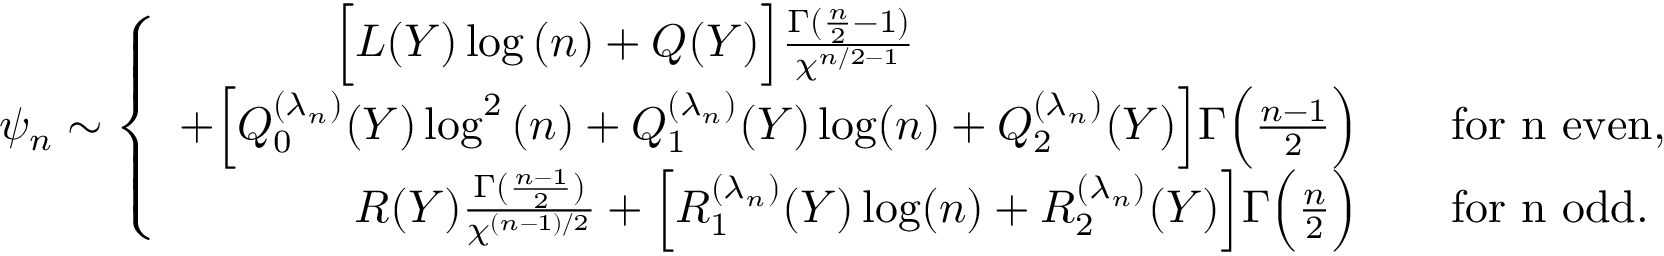
\psi _ { n } \sim \left\{ \begin{array} { r l } { \Big [ L ( Y ) \log { ( n ) } + Q ( Y ) \Big ] \frac { \Gamma ( \frac { n } { 2 } - 1 ) } { \chi ^ { n / 2 - 1 } } \qquad \qquad ~ ~ \qquad \qquad \quad } & { } \\ { + \Big [ Q _ { 0 } ^ { ( \lambda _ { n } ) } ( Y ) \log ^ { 2 } { ( n ) } + Q _ { 1 } ^ { ( \lambda _ { n } ) } ( Y ) \log ( n ) + Q _ { 2 } ^ { ( \lambda _ { n } ) } ( Y ) \Big ] \Gamma \Big ( \frac { n - 1 } { 2 } \Big ) } & { \quad \mathrm { f o r ~ n ~ e v e n } , } \\ { R ( Y ) \frac { \Gamma ( \frac { n - 1 } { 2 } ) } { \chi ^ { ( n - 1 ) / 2 } } + \Big [ R _ { 1 } ^ { ( \lambda _ { n } ) } ( Y ) \log ( n ) + R _ { 2 } ^ { ( \lambda _ { n } ) } ( Y ) \Big ] \Gamma \Big ( \frac { n } { 2 } \Big ) } & { \quad \mathrm { f o r ~ n ~ o d d } . } \end{array} \right.